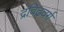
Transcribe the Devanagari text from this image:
द्रविढ़वर्ग